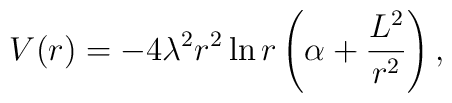
V(r)=-4\lambda^2 r^2 \ln r        \left( \alpha + \frac{L^2}{r^2} \right),